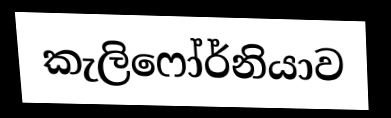
කැලිෆෝර්නියාව